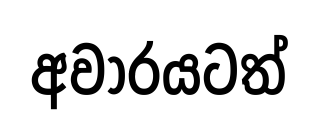
අවාරයටත්